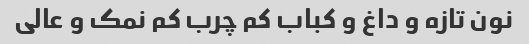
نون تازه و داغ و کباب کم چرب کم نمک و عالی